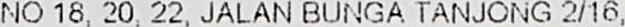
NO 18, 20, 22, JALAN BUNGA TANJONG 2/16,